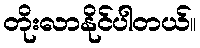
တိုးလာနိုင်ပါတယ်။